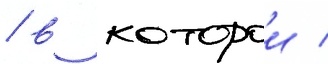
/ в которои /